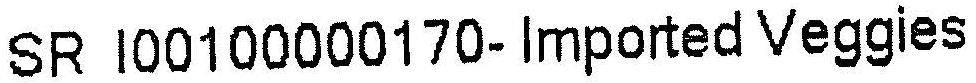
SR I00100000170- IMPORTED VEGGIES